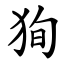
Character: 狥